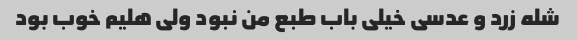
شله زرد و عدسی خیلی باب طبع من نبود ولی هلیم خوب بود